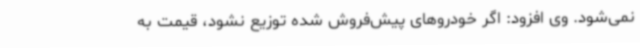
نمی‌شود. وی افزود: اگر خودروهای پیش‌فروش‌ شده توزیع نشود، قیمت به